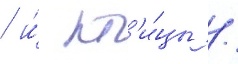
/ и́ пт'и́цы /